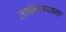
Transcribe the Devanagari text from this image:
तानिनायागा